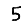
Digit: 5